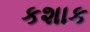
કશાક